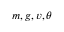
m , g , v , \theta